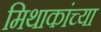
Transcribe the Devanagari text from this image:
मिथाकांच्या